Report of the Indian Hemp Drugs Commission, 1894-1895 - Volume IV
Year: 1894
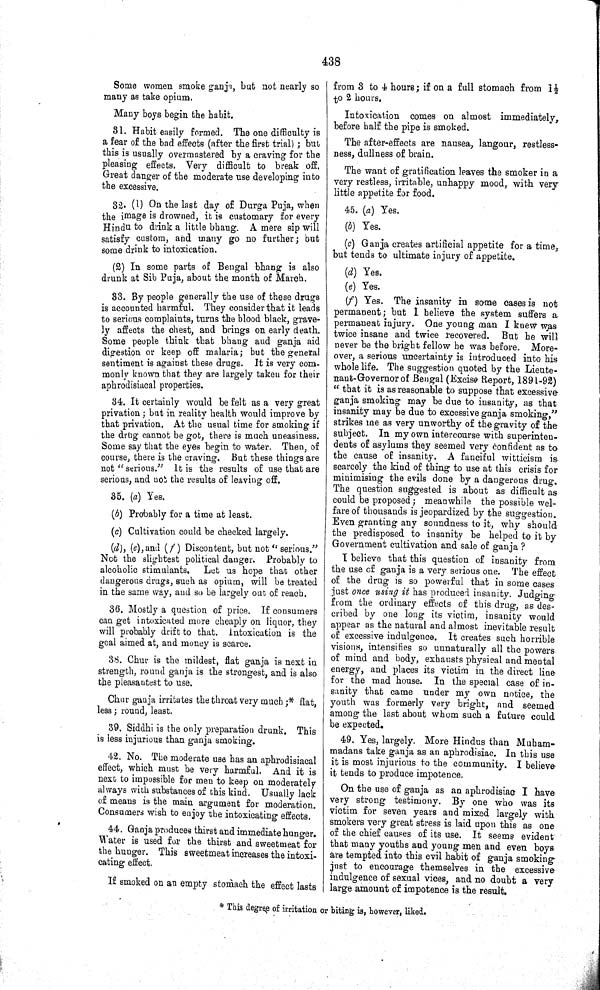
438
Some women smoke ganja, but not nearly so
many as take opium.
Many boys begin the habit.
31. Habit easily formed. The one difficulty is
a fear of the bad effects (after the first trial); but
this is usually overmastered by a craving for the
pleasing effects. Very difficult to break off.
Great danger of the moderate use developing into
the excessive.
32. (1) On the last day of Durga Puja, when
the image is drowned, it is customary for every
Hindu to drink a little bhang. A mere sip will
satisfy custom, and many go no further; but
some drink to intoxication.
(2) In some parts of Bengal bhang is also
drunk at Sib Puja, about the month of March.
33. By people generally the use of these drugs
is accounted harmful. They consider that it leads
to serious complaints, turns the blood black, grave-
ly affects the chest, and brings on early death.
Some people think that bhang and ganja aid
digestion or keep off malaria; but the general
sentiment is against these drugs. It is very com-
monly known that they are largely taken for their
aphrodisiacal properties.
34. It certainly would be felt as a very great
privation; but in reality health would improve by
that privation. At the usual time for smoking if
the drug cannot be got, there is much uneasiness.
Some say that the eyes begin to water. Then, of
course, there is the craving. But these things are
not "serious." It is the results of use that are
serious, and not the results of leaving off.
35. (a) Yes.
(b) Probably for a time at least.
(c) Cultivation could be checked largely.
(d), (e), and (f) Discontent, but not "serious."
Not the slightest political danger. Probably to
alcoholic stimulants.
Let us hope that other
dangerous drugs, such as opium, will be treated
in the same way, and so be largely out of reach.
36. Mostly a question of price. If consumers
can get intoxicated more cheaply on liquor, they
will probably drift to that. Intoxication is the
goal aimed at, and money is scarce.
38. Chur is the mildest, flat ganja is next in
strength, round ganja is the strongest, and is also
the pleasantest to use.
Chur ganja irritates the throat very much;* flat,
less; round, least.
39. Siddhi is the only preparation drunk. This
is less injurious than ganja smoking.
42. No. The moderate use has an aphrodisiacal
effect, which must be very harmful. And it is
next to impossible for men to keep on moderately
always with substances of this kind. Usually lack
of means is the main argument for moderation.
Consumers wish to enjoy the intoxicating effects.
44. Ganja produces thirst and immediate hunger.
Water is used for the thirst and sweetmeat for
the hunger. This sweetmeat increases the intoxi-
cating effect.
If smoked on an empty stomach the effect lasts
from 3 to 4 hours; if on a full stomach from 11/2
to 2 hours.
Intoxication comes on almost immediately,
before half the pipe is smoked.
The after-effects are nausea, langour, restless-
ness, dullness of brain.
The want of gratification leaves the smoker in a
very restless, irritable, unhappy mood, with very
little appetite for food.
45. (a) Yes.
(b) Yes.
(c) Ganja creates artificial appetite for a time,
but tends to ultimate injury of appetite.
(d) Yes.
(e) Yes.
(f) Yes. The insanity in some cases is not
permanent; but I believe the system suffers a
permanent injury. One young man I knew was
twice insane and twice recovered. But he will
never be the bright fellow he was before. More-
over, a serious uncertainty is introduced into his
whole life. The suggestion quoted by the Lieute-
nant-Governor of Bengal (Excise Report, 1891-92)
"that it is as reasonable to suppose that excessive
ganja smoking may be due to insanity, as that
insanity may be due to excessive ganja smoking,"
strikes me as very unworthy of the gravity of the
subject. In my own intercourse with superinten-
dents of asylums they seemed very confident as to
the cause of insanity. A fanciful witticism is
scarcely the kind of thing to use at this crisis for
minimising the evils done by a dangerous drug.
The question suggested is about as difficult as
could be proposed; meanwhile the possible wel-
fare of thousands is jeopardized by the suggestion.
Even granting any soundness to it, why should
the predisposed to insanity be helped to it by
Government cultivation and sale of ganja?
I believe that this question of insanity from
the use of ganja is a very serious one. The effect
of the drug is so powerful that in some cases
just once using it has produced insanity. Judging
from the ordinary effects of this drug, as des-
cribed by one long its victim, insanity would
appear as the natural and almost inevitable result
of excessive indulgence. It creates such horrible
visions, intensifies so unnaturally all the powers
of mind and body, exhausts physical and mental
energy, and places its victim in the direct line
for the mad house. In the special case of in-
sanity that came under my own notice, the
youth was formerly very bright, and seemed
among the last about whom such a future could
be expected.
49. Yes, largely. More Hindus than Muham-
madans take ganja as an aphrodisiac. In this use
it is most injurious to the community. I believe
it tends to produce impotence.
On the use of ganja as an aphrodisiac I have
very strong testimony. By one who was its
victim for seven years and mixed largely with
smokers very great stress is laid upon this as one
of the chief causes of its use. It seems evident
that many youths and young men and even boys
are tempted into this evil habit of ganja smoking
just to encourage themselves in the excessive
indulgence of sexual vices, and no doubt a very
large amount of impotence is the result.
* This degree of irritation or biting is, however, liked.